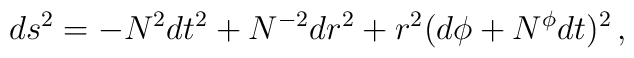
ds^2 = -N^2 dt^2 + N^{-2} dr^2 + r^2(d\phi + N^{\phi}dt)^2\,,